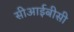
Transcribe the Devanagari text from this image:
सीआईबीसी